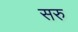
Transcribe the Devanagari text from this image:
सरु